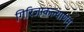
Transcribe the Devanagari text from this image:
गिरिजाकल्याणम्